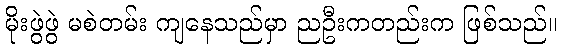
မိုးဖွဲဖွဲ မစဲတမ်း ကျနေသည်မှာ ညဦးကတည်းက ဖြစ်သည်။